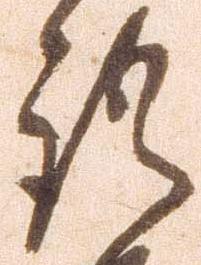
語